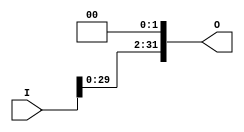
`timescale 1ns / 1ps
//////////////////////////////////////////////////////////////////////////////////
// Company: 
// Engineer: 
// 
// Design Name: 
// Module Name:    ShiftLeft232 
// Project Name: 
// Target Devices: 
// Tool versions: 
// Description: 
//
// Dependencies: 
//
// Revision: 
// Revision 0.01 - File Created
// Additional Comments: 
//
//////////////////////////////////////////////////////////////////////////////////
module ShiftLeft232(I,O);
input [31:0]I;
output [31:0]O;
assign O=I<<2;
endmodule